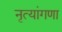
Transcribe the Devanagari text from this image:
नृत्यांगणा